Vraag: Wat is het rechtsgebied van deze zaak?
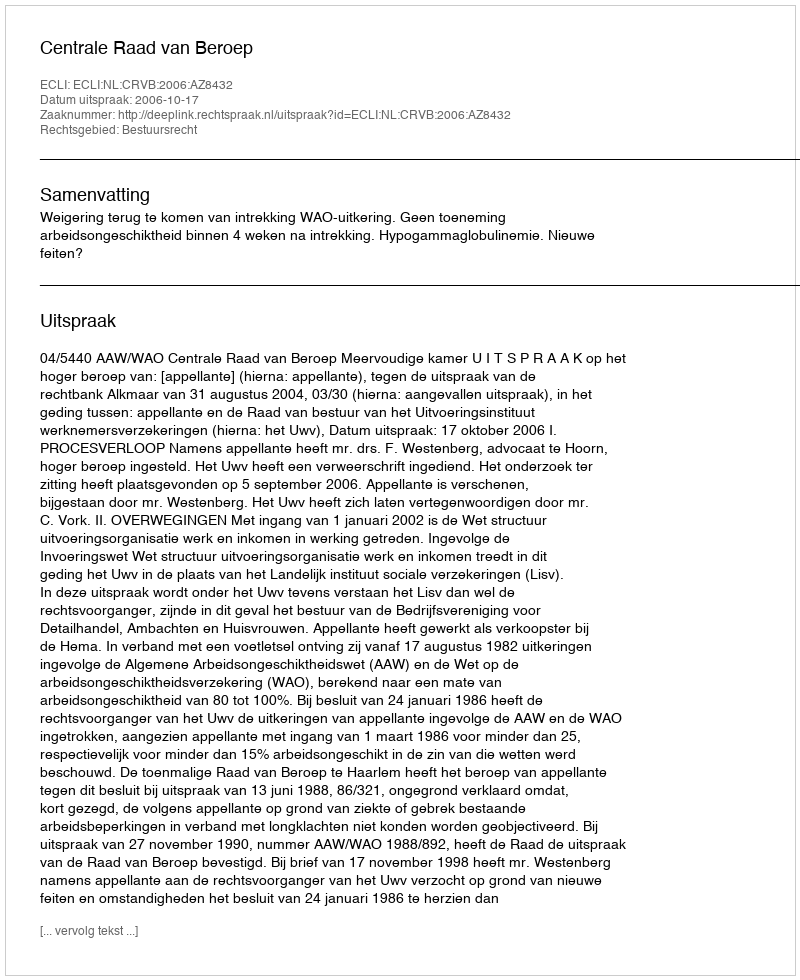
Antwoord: Bestuursrecht